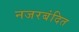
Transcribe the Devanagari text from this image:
नजरबंदित